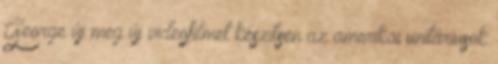
George új meg új videofilmet készítsen az amerikai unitáriusok